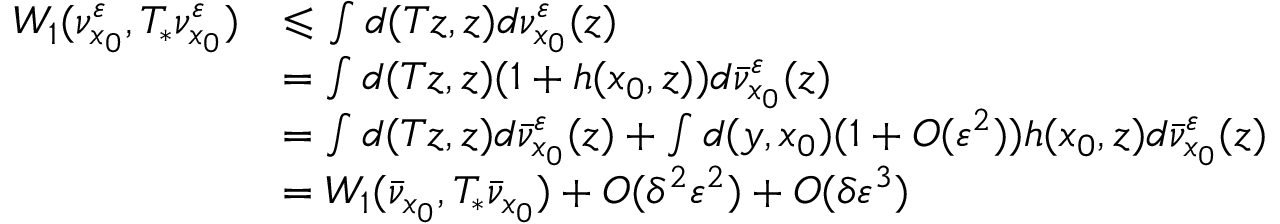
\begin{array} { r l } { W _ { 1 } ( \nu _ { x _ { 0 } } ^ { \varepsilon } , T _ { * } \nu _ { x _ { 0 } } ^ { \varepsilon } ) } & { \leqslant \int d ( T z , z ) d \nu _ { x _ { 0 } } ^ { \varepsilon } ( z ) } \\ & { = \int d ( T z , z ) ( 1 + h ( x _ { 0 } , z ) ) d \bar { \nu } _ { x _ { 0 } } ^ { \varepsilon } ( z ) } \\ & { = \int d ( T z , z ) d \bar { \nu } _ { x _ { 0 } } ^ { \varepsilon } ( z ) + \int d ( y , x _ { 0 } ) ( 1 + O ( \varepsilon ^ { 2 } ) ) h ( x _ { 0 } , z ) d \bar { \nu } _ { x _ { 0 } } ^ { \varepsilon } ( z ) } \\ & { = W _ { 1 } ( \bar { \nu } _ { x _ { 0 } } , T _ { * } \bar { \nu } _ { x _ { 0 } } ) + O ( \delta ^ { 2 } \varepsilon ^ { 2 } ) + O ( \delta \varepsilon ^ { 3 } ) } \end{array}